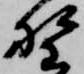
野